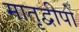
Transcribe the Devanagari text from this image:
मातृद्वीपों